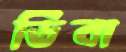
ডিবা